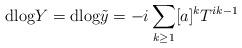
LaTeX: \begin{align*}\mathrm{dlog}Y = \mathrm{dlog}\tilde{y} = -i \sum_{k \geq 1} [a]^k T^{ik-1}\end{align*}